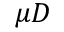
\mu D